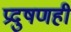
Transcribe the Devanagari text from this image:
प्रदुषणही